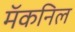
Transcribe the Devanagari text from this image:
मॅकनिल